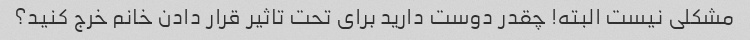
مشکلی نیست البته! چقدر دوست دارید برای تحت تاثیر قرار دادن خانم خرج کنید؟